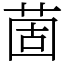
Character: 䓢